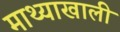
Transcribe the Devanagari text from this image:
माथ्याखाली